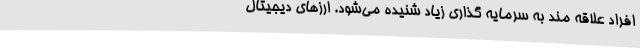
افراد علاقه مند به سرمایه گذاری زیاد شنیده می‌شود. ارزهای دیجیتال